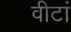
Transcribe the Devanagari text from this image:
वीटां